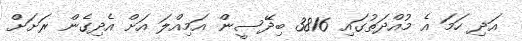
އަދި ހަމަ އެ މުއްދަތުގައި 3816 ބިދޭސީން އަމިއްލަ އަށް އެދިގެން ރަށަށް